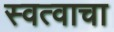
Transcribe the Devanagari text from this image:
स्वत्वाचा